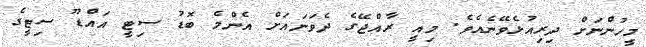
މީހުންނަށް ދިރިއުޅެވޭނެއެވެ. މިއީ ރާއްޖޭގެ ދެވަނައަށް އެންމެ ބޮޑު ސިިޓީ އައްޑޫ ސިޓީގެ